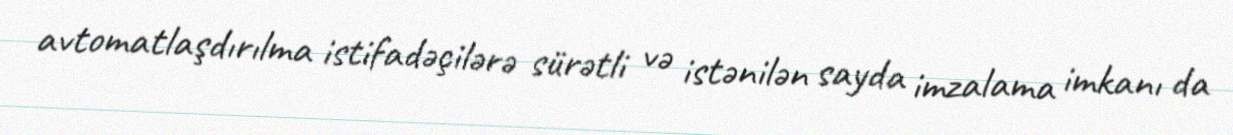
avtomatlaşdırılma istifadəçilərə sürətli və istənilən sayda imzalama imkanı da